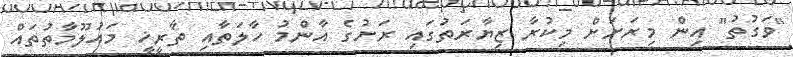
"ވަގުތު" އިން މިރަށަށް މިކުރާ ޒިޔާރަތުގައި ރަށުގެ އާންމު ހާލަތާއި ތާރީޚީ މައުލޫމާތުތައް